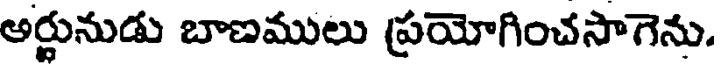
అర్జునుడు బాణములు ప్రయోగించసాగెను.